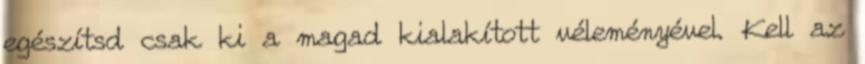
egészítsd csak ki a magad kialakított véleményével. Kell az